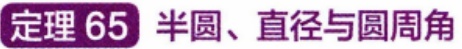
定理 65 半圆、直径与圆周角